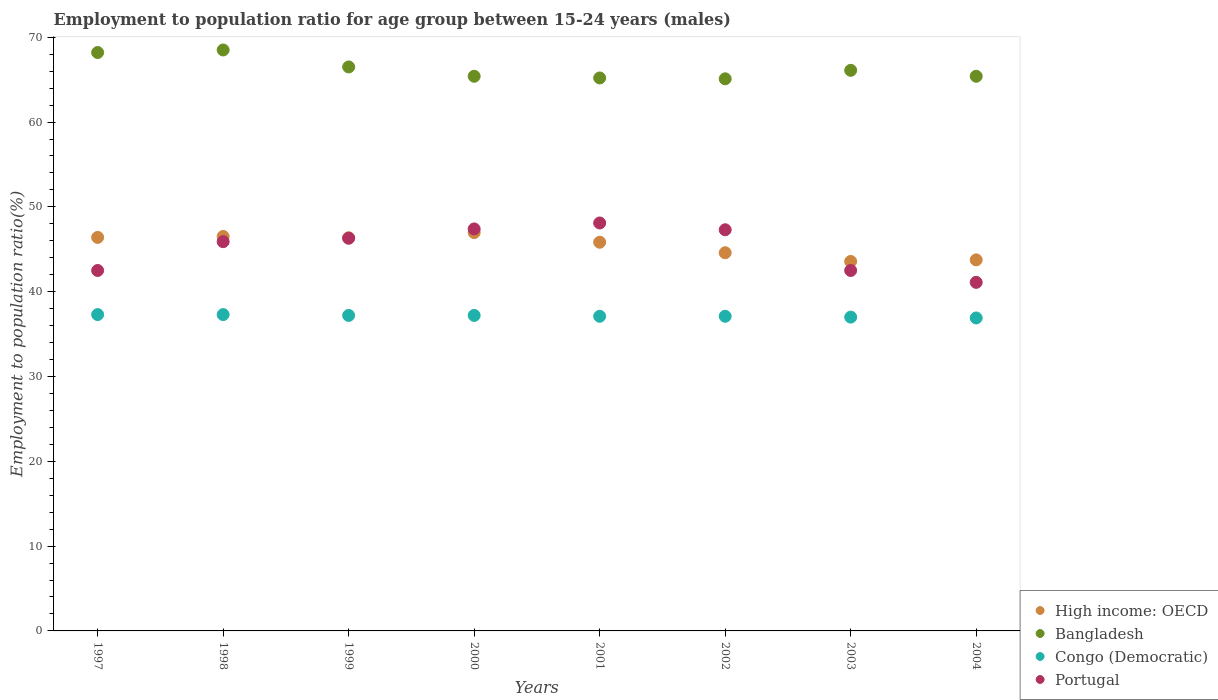
| Years | High income: OECD | Bangladesh | Congo (Democratic) | Portugal |
 | --- | --- | --- | --- | --- |
 | 1997 | 46.4 | 68.2 | 37.3 | 42.5 |
 | 1998 | 46.5 | 68.5 | 37.3 | 45.9 |
 | 1999 | 46.4 | 66.5 | 37.2 | 46.3 |
 | 2000 | 47 | 65.4 | 37.2 | 47.4 |
 | 2001 | 45.8 | 65.2 | 37.1 | 48.1 |
 | 2002 | 44.6 | 65.1 | 37.1 | 47.3 |
 | 2003 | 43.6 | 66.1 | 37 | 42.5 |
 | 2004 | 43.8 | 65.4 | 36.9 | 41.1 |